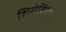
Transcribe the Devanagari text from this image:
शिरोबिंदुंचा